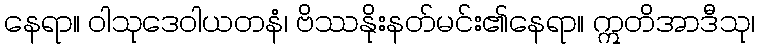
နေရာ။ ဝါသုဒေဝါယတနံ၊ ဗိဿနိုးနတ်မင်း၏နေရာ။ ဣတိအာဒီသု၊